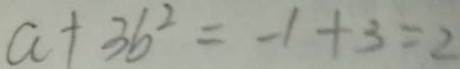
a + 3 b ^ { 2 } = - 1 + 3 = 2